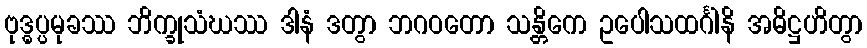
ဗုဒ္ဓပ္ပမုခဿ ဘိက္ခုသံဃဿ ဒါနံ ဒတွာ ဘဂဝတော သန္တိကေ ဥပေါသထင်္ဂါနိ အဓိဋ္ဌဟိတွာ